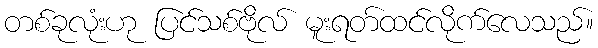
တစ်ခုလုံးဟု ပြင်သစ်ဗိုလ် မူးရတ်ထင်လိုက်လေသည်။